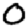
Digit: 0